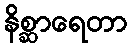
နိစ္ဆာရေတာ